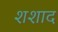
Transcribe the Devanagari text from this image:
शशाद